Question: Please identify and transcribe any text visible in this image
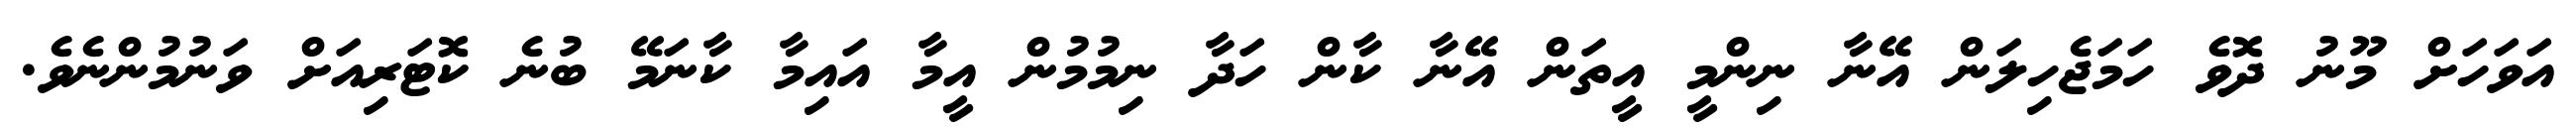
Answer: އަވަހަށް މޫނު ދޮވެ ހަމަޖެހިލަން އޭނާ ނިންމީ އީތަން އޭނާ ކާން ހަދާ ނިމުމުން އީމާ އައިމާ ކާނަމޭ ބުނެ ކޮޓަރިއަށް ވަނުމުންނެވެ.